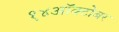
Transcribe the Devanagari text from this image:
१४ऑक्टोबर